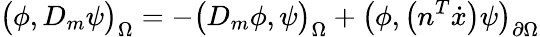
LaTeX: \big(\phi,D_{m}\psi\big)_{\Omega}=-\big(D_{m}\phi,\psi\big)_{\Omega}+\big(\phi,\big(n^{T}\dot{x}\big)\psi\big)_{\partial\Omega}